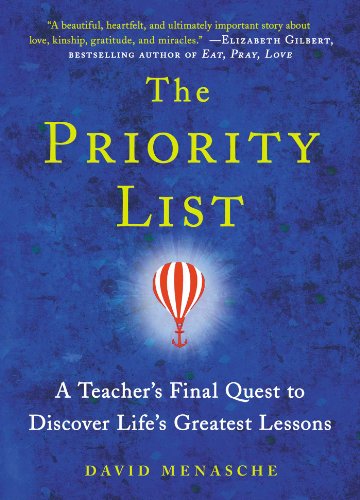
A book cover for The Priority List: A Teacher's Final Quest to Discover Life's Greatest Lessons; David Menasche; Biographies & Memoirs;